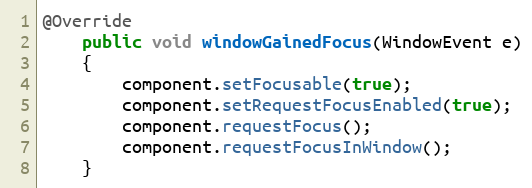
Language: Java
@Override
	public void windowGainedFocus(WindowEvent e)
	{
		component.setFocusable(true);
		component.setRequestFocusEnabled(true);
		component.requestFocus();
		component.requestFocusInWindow();
	}